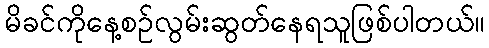
မိခင်ကိုနေ့စဉ်လွမ်းဆွတ်နေရသူဖြစ်ပါတယ်။